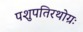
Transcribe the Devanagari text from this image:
पशुपतिरथोग्रः